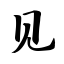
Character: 见